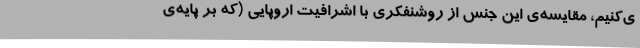
ی‌کنیم، مقایسه‌ی این جنس از روشنفکری با اشرافیت اروپایی (که بر پایه‌ی